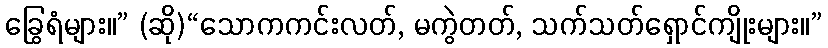
ခြွေရံများ။” (ဆို)“သောကကင်းလတ်, မကွဲတတ်, သက်သတ်ရှောင်ကျိုးများ။”